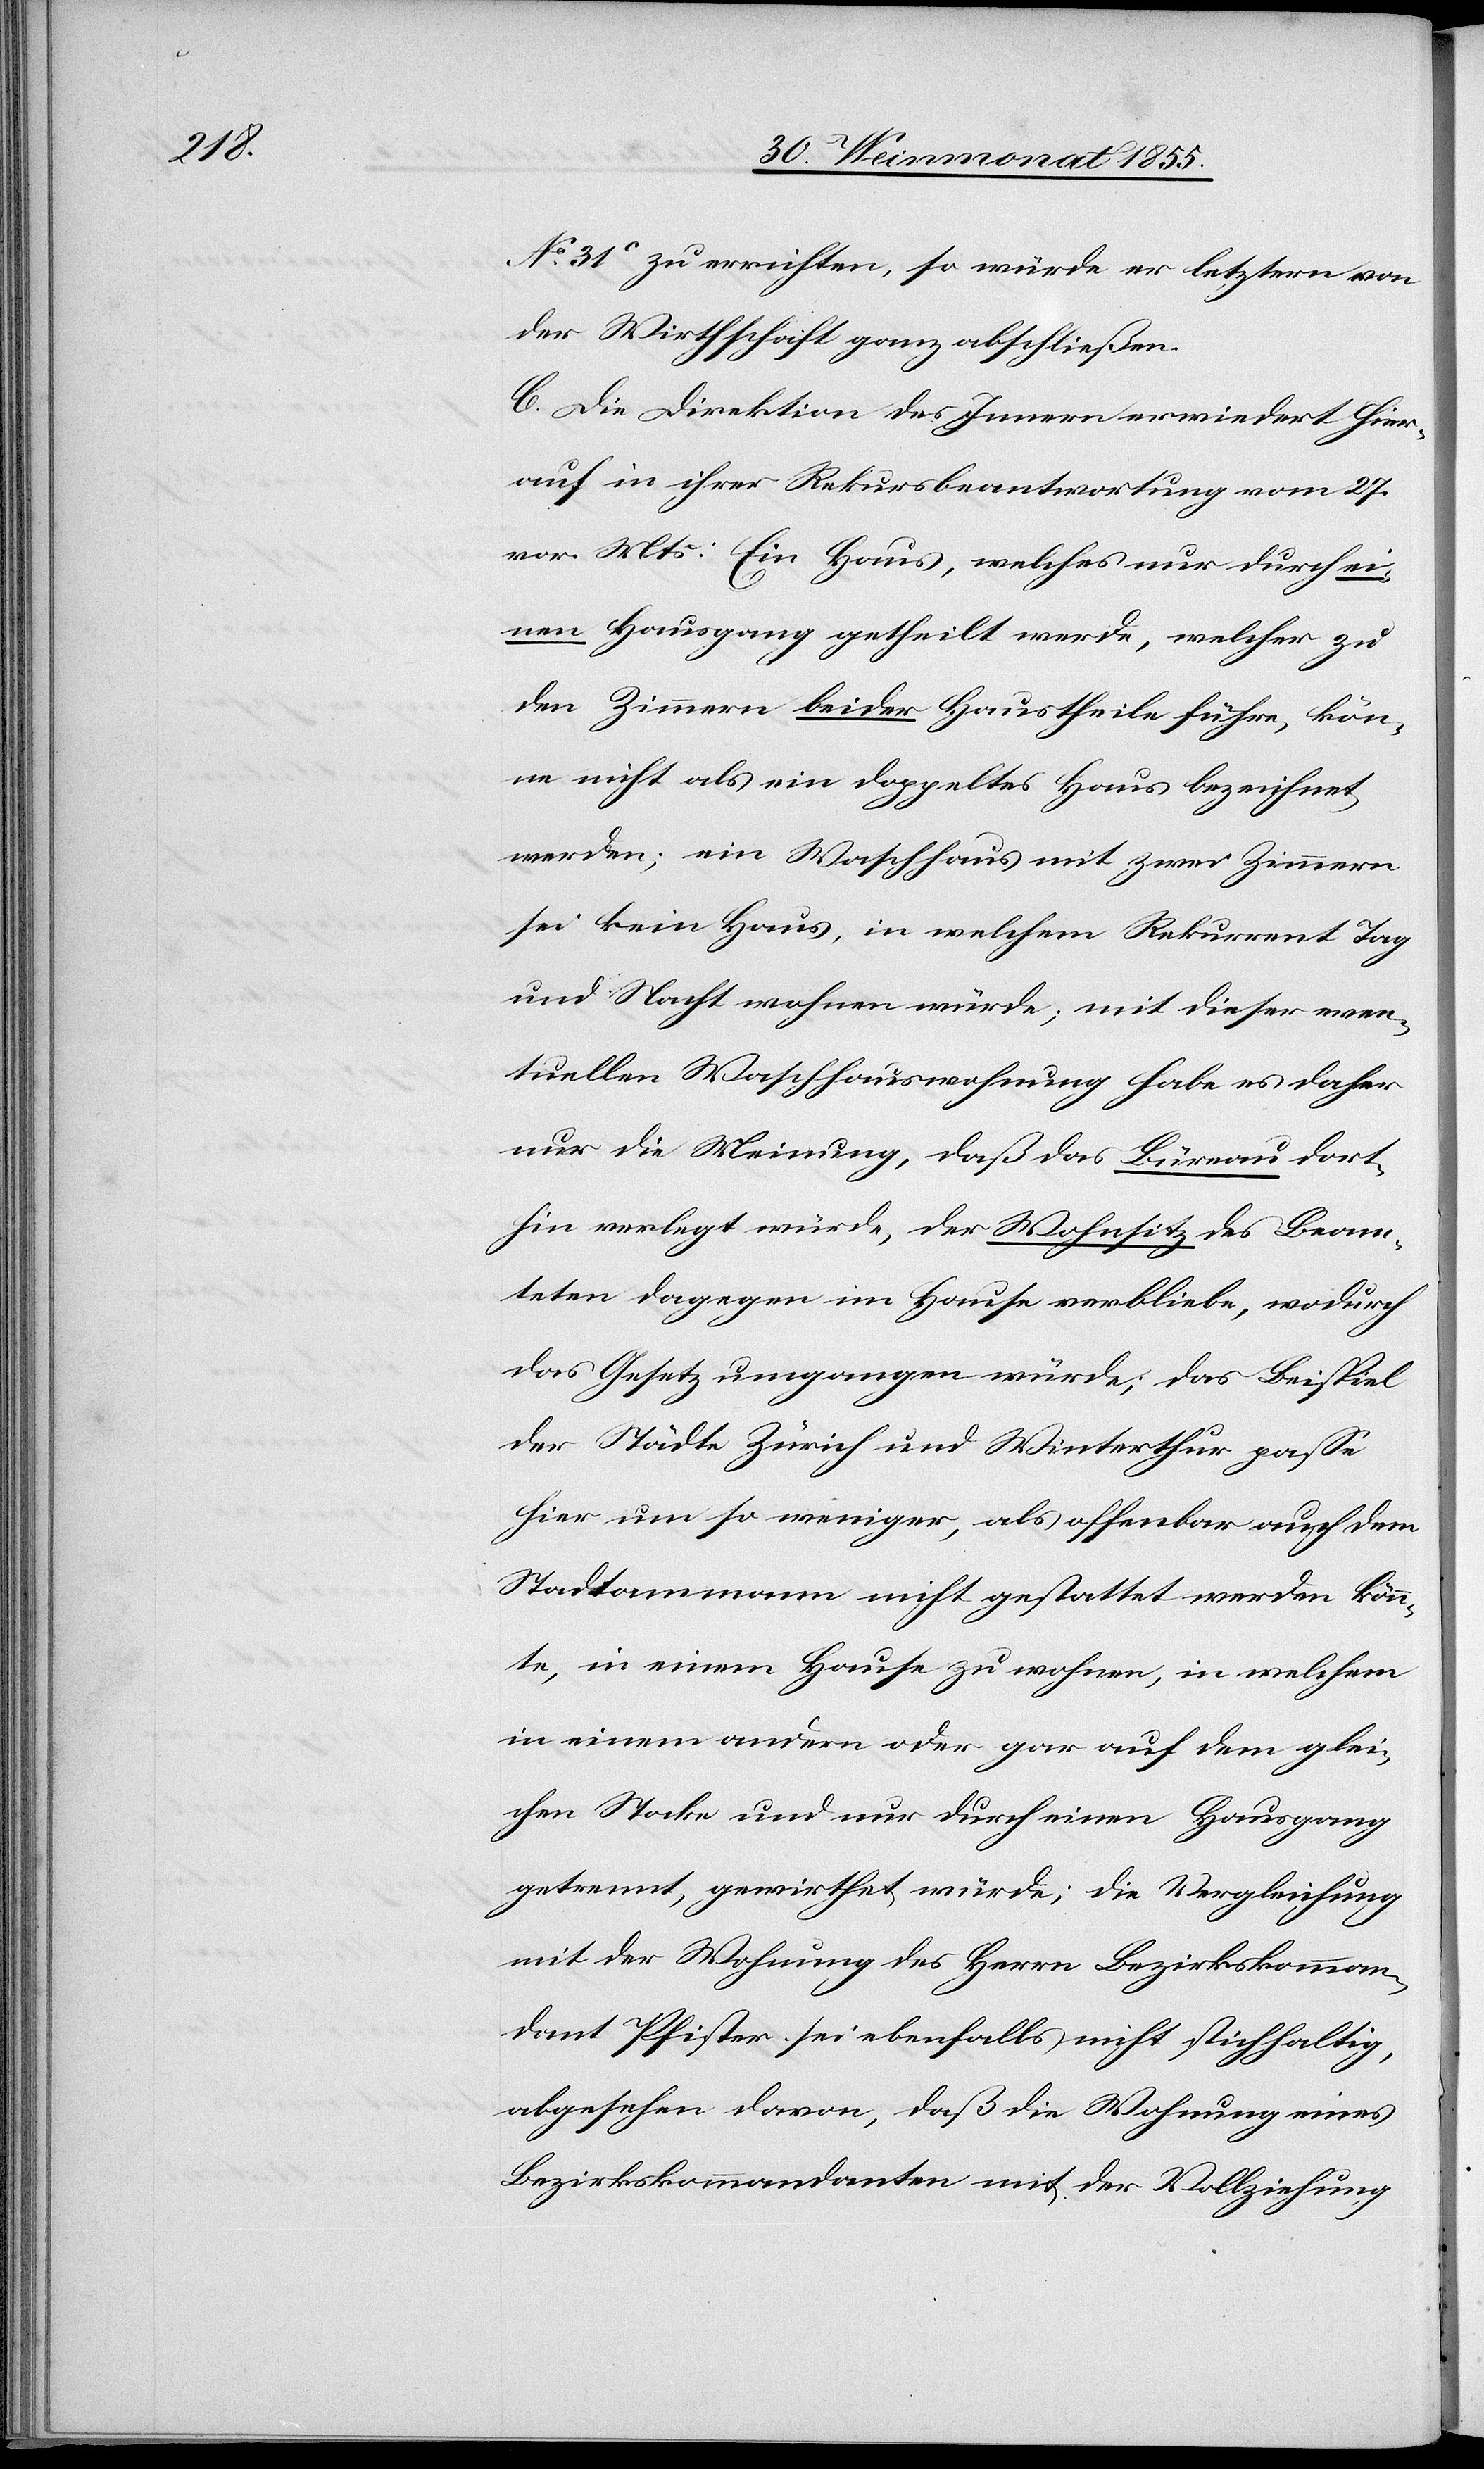
No 31C zu errichten, so würde er letztern von
der Wirthschaft ganz abschließen.
C. Die Direktion des Innern erwiedert hier¬
auf in ihrer Rekursbeantwortung vom 27.
vor. Mts: Ein Haus, welches nur durch ei¬
nen Hausgang getheilt werde, welcher zu
den Zimmern beider Haustheile führe, kön¬
ne nicht als ein doppeltes Haus bezeichnet
werden; ein Waschhaus mit zwei Zimmern
sei kein Haus, in welchem Rekurrent Tag
und Nacht wohnen würde; mit dieser even¬
tuellen Waschhauswohnung habe es daher
nur die Meinung, daß das Büreau dort¬
hin verlegt würde, der Wohnsitz des Beam¬
teten dagegen im Hause verbliebe, wodurch
das Gesetz umgangen würde; das Beispiel
der Städte Zürich und Winterthur passe
hier um so weniger, als offenbar auch dem
Stadtammann nicht gestattet werden könn¬
te, in einem Hause zu wohnen, in welchem
in einem andern oder gar auf dem glei¬
chen Stocke und nur durch einen Hausgang
getrennt, gewirthet würde; die Vergleichung
mit der Wohnung des Herrn Bezirkskomman¬
dant Pfister sei ebenfalls nicht stichhaltig,
abgesehen davon, daß die Wohnung eines
Bezirkskommandanten mit der Vollziehung